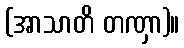
(အာသာတိ တဏှာ)။